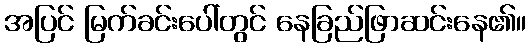
အပြင် မြက်ခင်းပေါ်တွင် နေခြည်ဖြာဆင်းနေ၏။